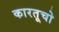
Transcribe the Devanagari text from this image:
कारतूचो